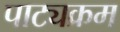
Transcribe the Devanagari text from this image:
पाट्यक्रम